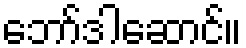
ဘော်ဒါဆောင်။